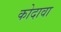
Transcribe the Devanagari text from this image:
कोदावा